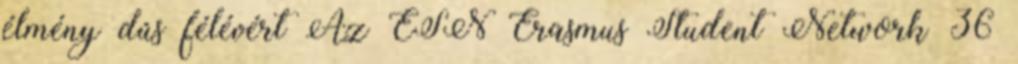
élmény dús félévért Az ESN Erasmus Student Network 36